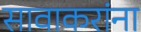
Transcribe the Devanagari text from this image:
सावाकरांना